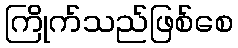
ကြိုက်သည်ဖြစ်စေ